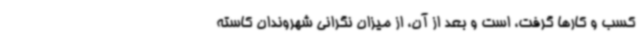
کسب و کارها گرفت، است و بعد از آن، از میزان نگرانی شهروندان کاسته